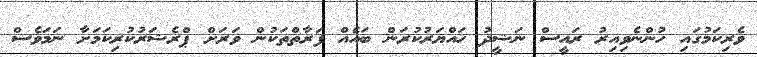
ވެރިކަމުގައި ހުންނެވިއިރު ރައީސް ނަޝީދު ހައްޔަރުކުރަން ބައެއް ފަރާތްތަކުން ވަރަށް ޕްރެޝަރުކުރިކަމަށާ ނަމަވެސް